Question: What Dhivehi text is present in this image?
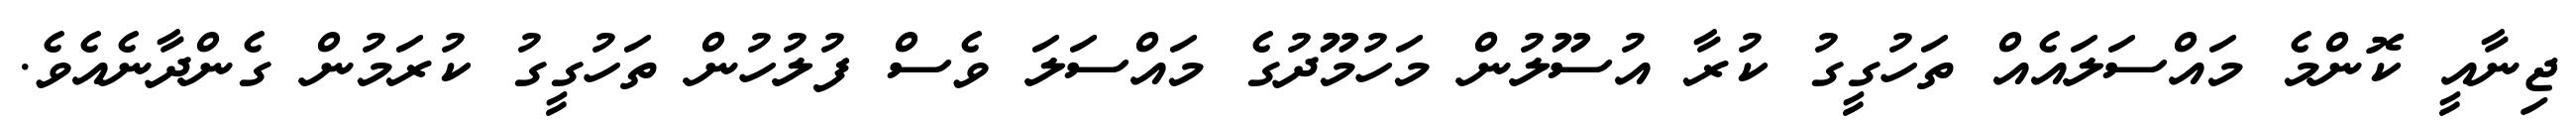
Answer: ޖިނާއީ ކޮންމެ މައްސަލައެއް ތަހުގީގު ކުރާ އުސޫލުން މަހުމޫދުގެ މައްސަލަ ވެސް ފުލުހުން ތަހުގީގު ކުރަމުން ގެންދާނެއެވެ.